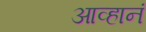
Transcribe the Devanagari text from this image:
आव्हानं